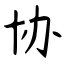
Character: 协